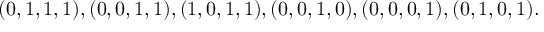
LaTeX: ( 0 , 1 , 1 , 1 ) , ( 0 , 0 , 1 , 1 ) , ( 1 , 0 , 1 , 1 ) , ( 0 , 0 , 1 , 0 ) , ( 0 , 0 , 0 , 1 ) , ( 0 , 1 , 0 , 1 ) .